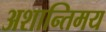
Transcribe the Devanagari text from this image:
अशान्तिमय